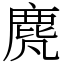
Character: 䴟